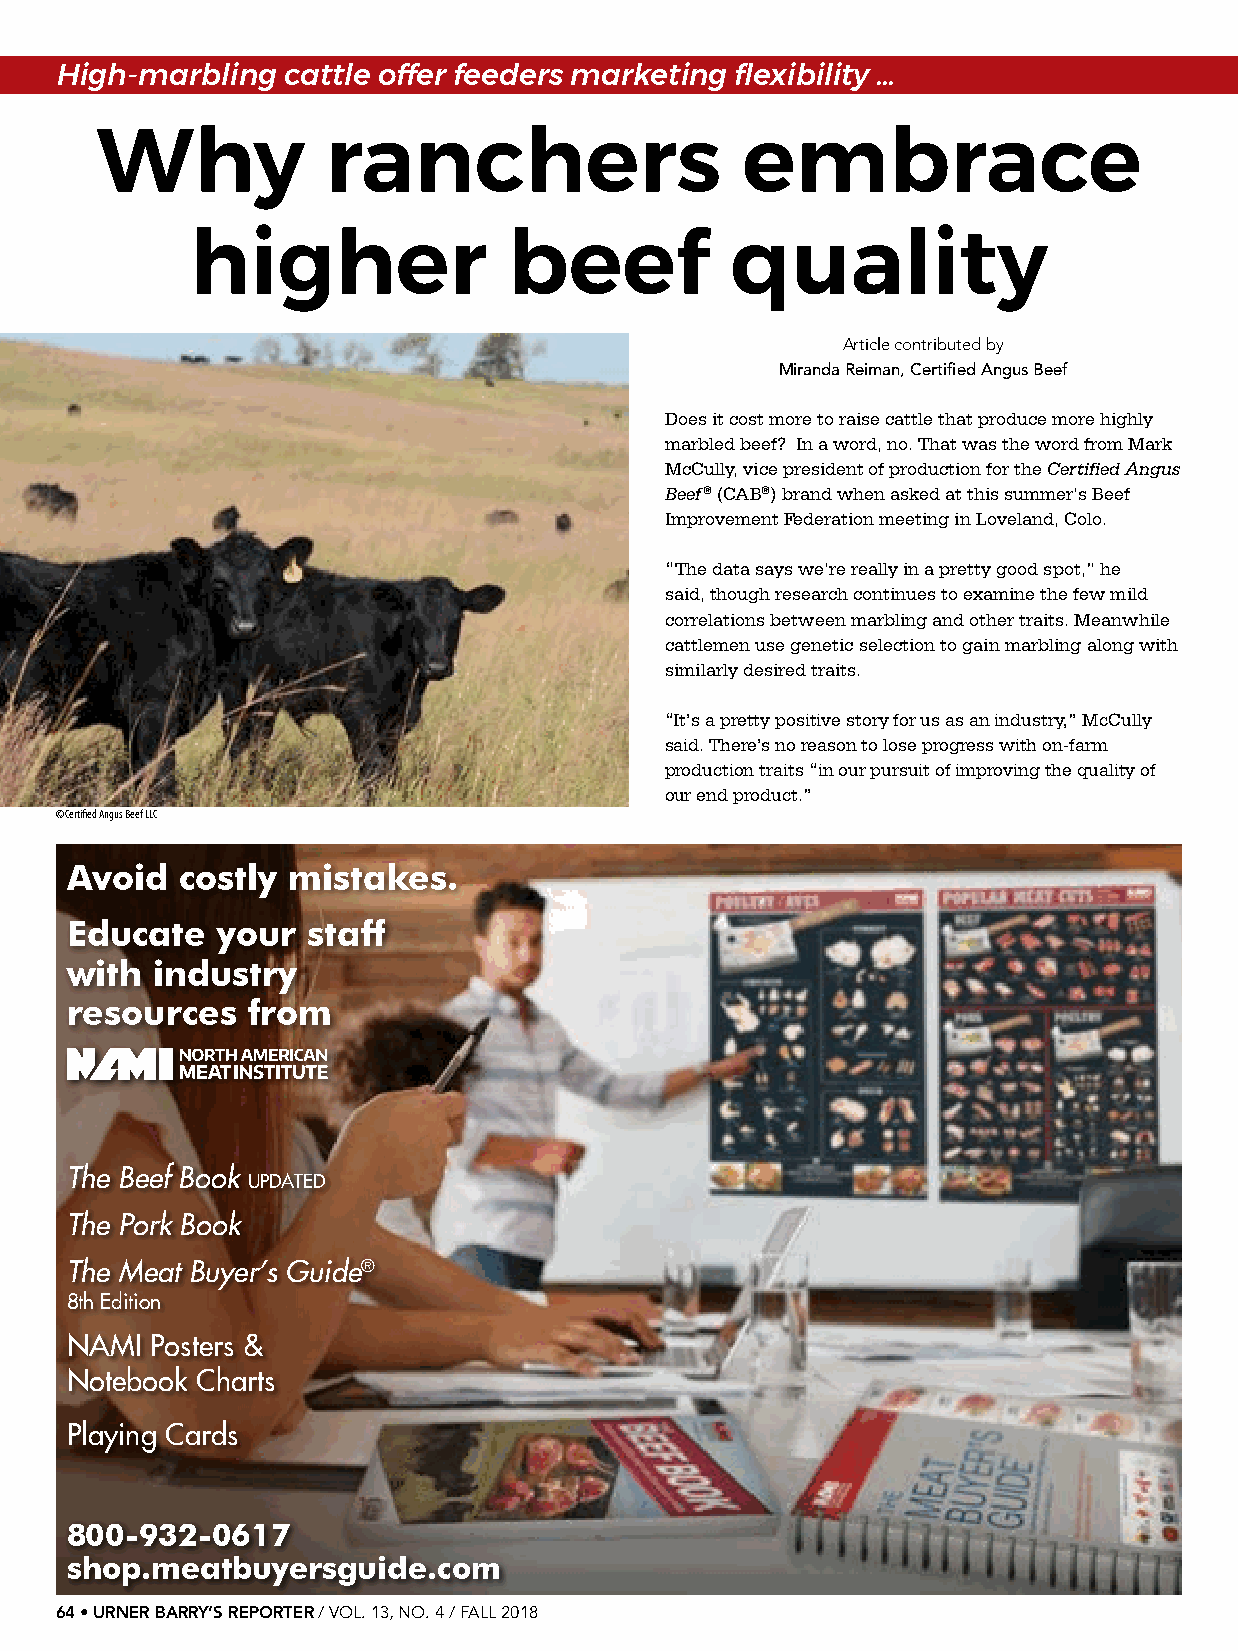
High-marbling  cattle offer feeders marketing flexibility …
 Why             ranchers                   embrace
 higher               beef          quality
 Article contributed by
 Miranda Reiman, Certified Angus Beef
 Does it cost more to raise cattle that produce more highly
 marbled beef? In a word, no. That was the word from Mark
 McCully, vice president of production for the Certified Angus
 Beef® (CAB®) brand when asked at this summer’s Beef
 Improvement Federation meeting in Loveland, Colo.
 “The data says we’re really in a pretty good spot,” he
 said, though research continues to examine the few mild
 correlations between marbling and other traits. Meanwhile
 cattlemen use genetic selection to gain marbling along with
 similarly desired traits.
 “It’s a pretty positive story for us as an industry,” McCully
 said. There’s no reason to lose progress with on-farm
 production traits “in our pursuit of improving the quality of
 our end product.”
 ©Certified Angus Beef LLC
 Avoid   costly mistakes.
 Educate   your  staff
 with  industry
 resources   from
 The Beef Book
 UPDATED
 The Pork Book
 The Meat Buyer’s Guide®
 8th Edition
 NAMI  Posters &
 Notebook Charts
 Playing Cards
 800-932-0617
 shop.meatbuyersguide.com
 64 • URNER BARRY’S REPORTER / VOL. 13, NO. 4 / FALL 2018